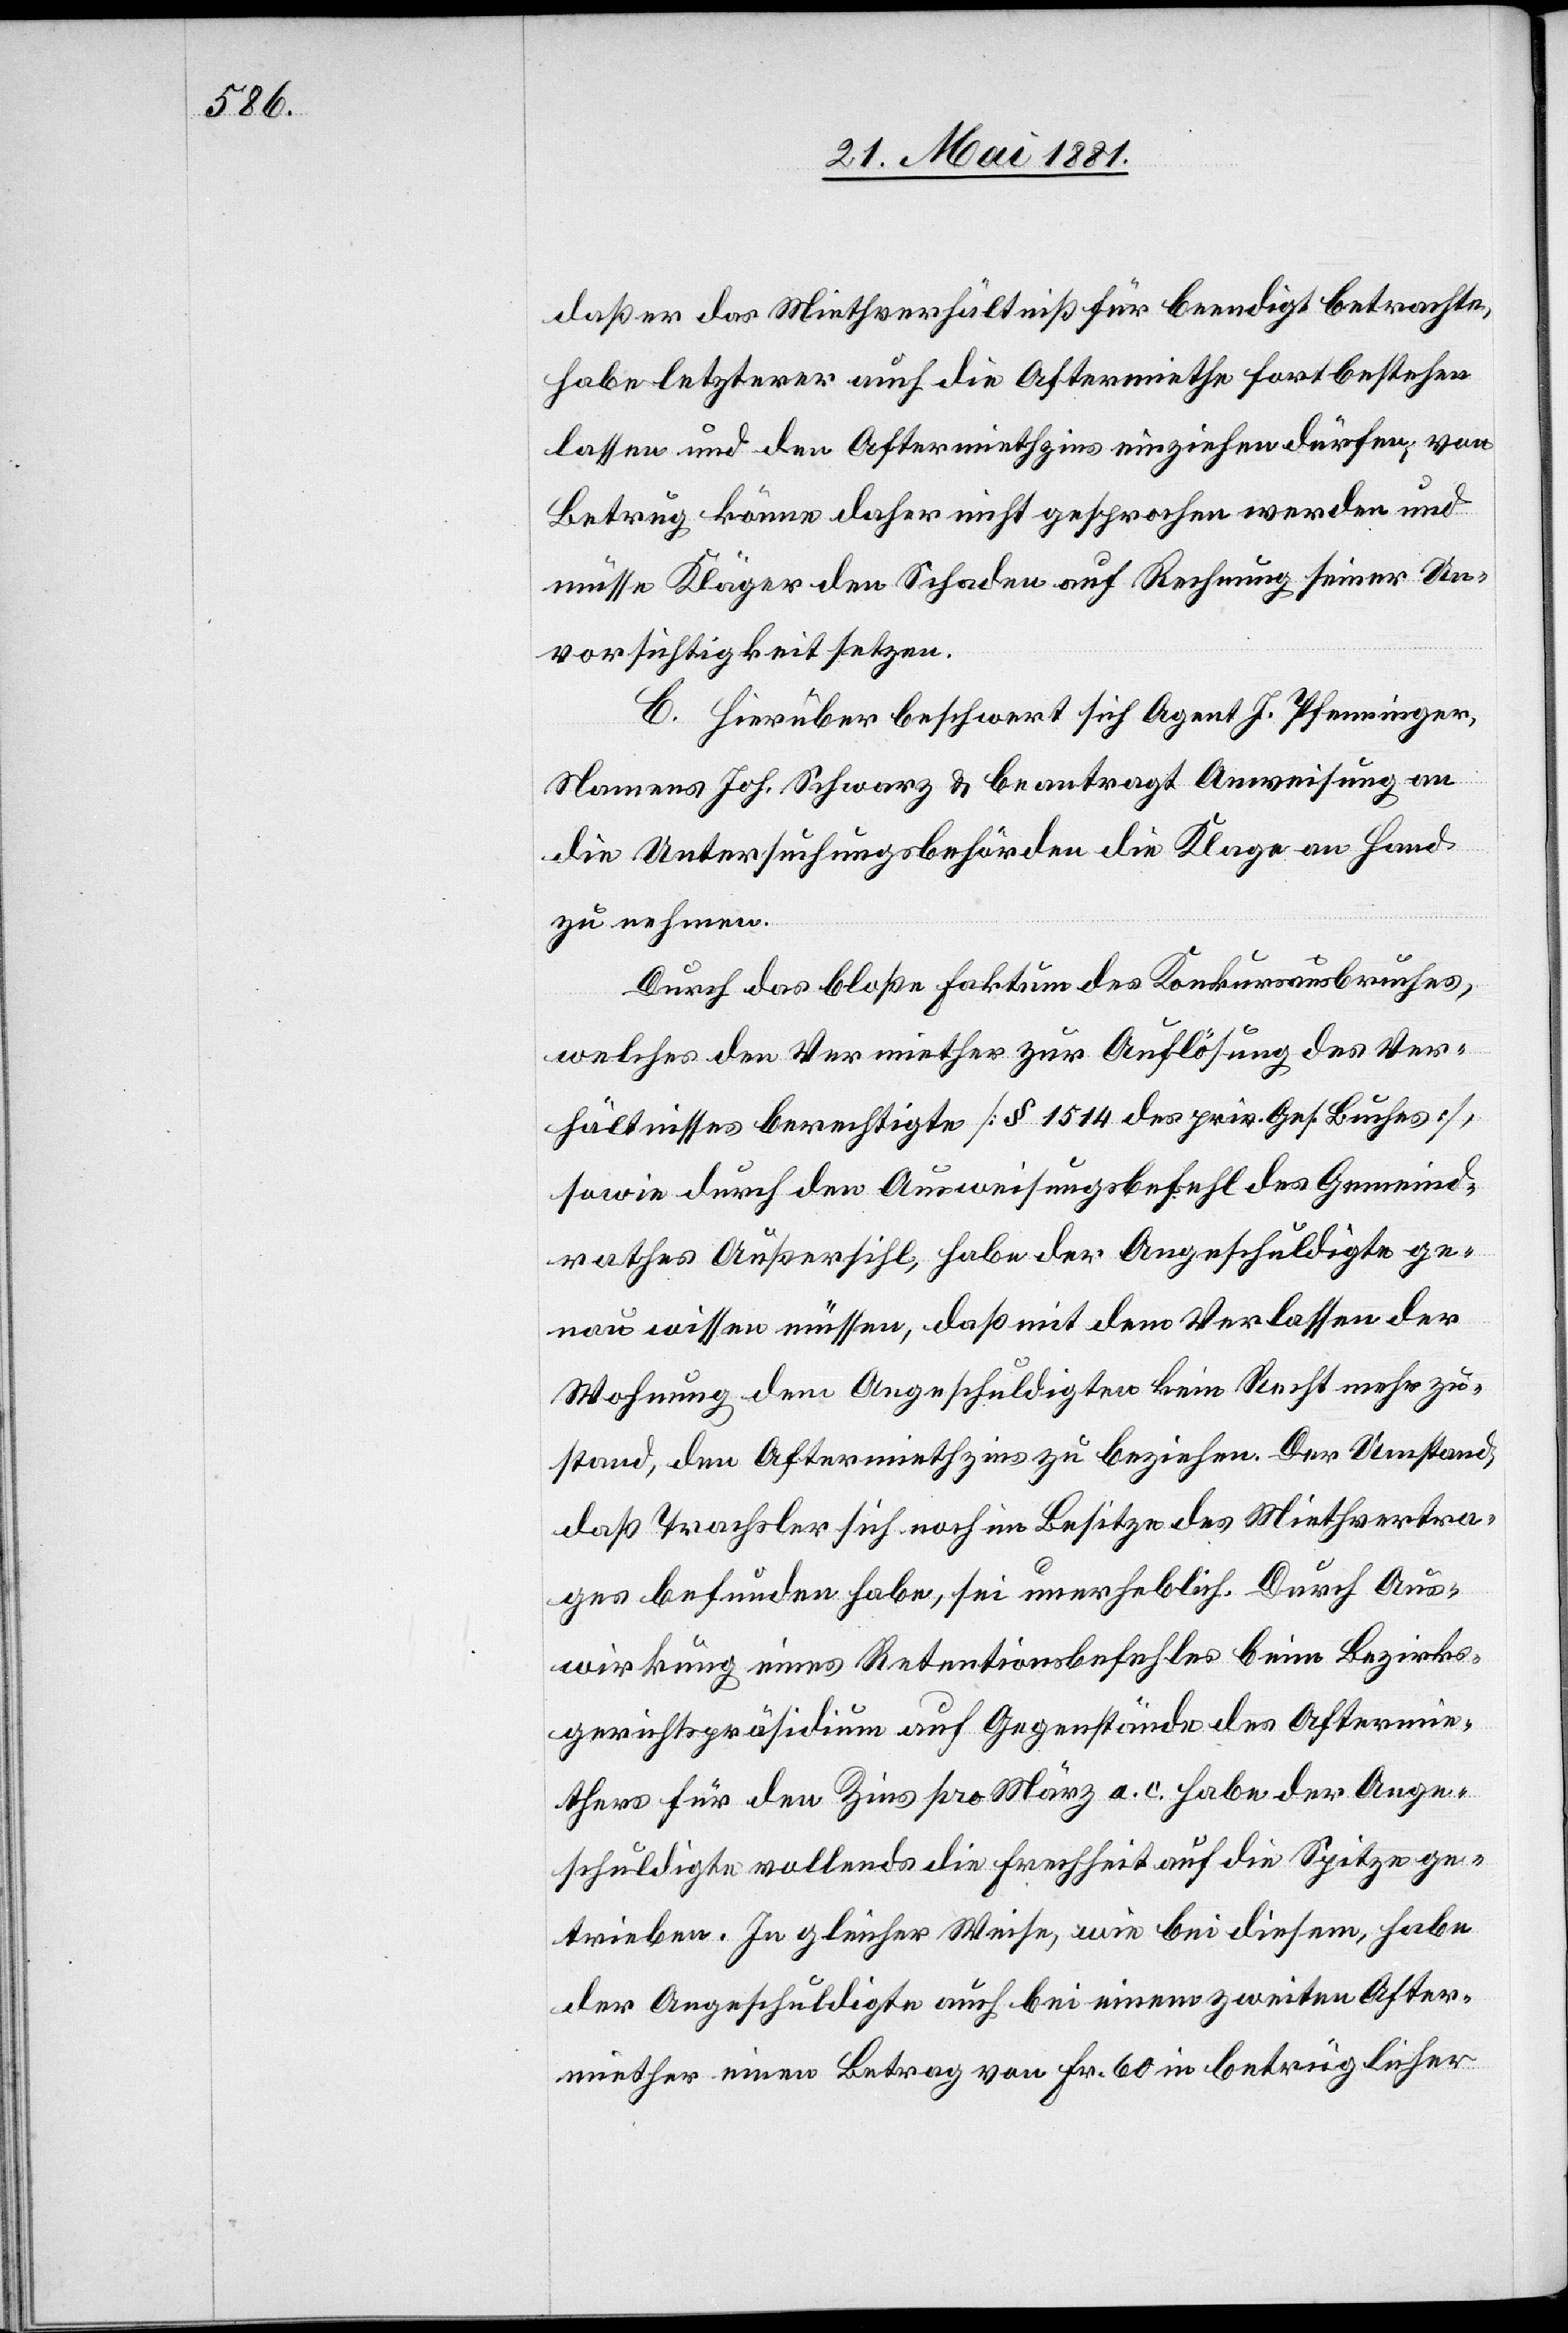
daß er das Miethverhältniß für beendigt betrachte,
habe letzterer auch die Aftermiethe fortbestehen
lassen und den Aftermiethzins einziehen dürfen, von
Betrug könne daher nicht gesprochen werden und
müsse Kläger den Schaden auf Rechnung seiner Un¬
vorsichtigkeit setzen.
C. Hierüber beschwert sich Agent J. Pfenninger,
Namens Joh. Schwarz & beantragt Anweisung an
die Untersuchungsbehörden die Klage an Hand
zu nehmen.
Durch das bloße Faktum des Konkursausbruches,
welches den Vermiether zur Auflösung des Ver¬
hältnisses berechtigte [§ 1514 des priv. Ges. Buches],
sowie durch den Ausweisungsbefehl des Gemeind¬
rathes Außersihl, habe der Angeschuldigte ge¬
nau wissen müssen, daß mit dem Verlassen der
Wohnung dem Angeschuldigten kein Recht mehr zu¬
stand, den Aftermiethzins zu beziehen. Der Umstand,
daß Trachsler sich noch im Besitze des Miethvertra¬
ges befunden habe, sei unerheblich. Durch Aus¬
wirkung eines Retentionsbefehles beim Bezirks¬
gerichtspräsidium auf Gegenstände des Aftermie¬
thers für den Zins pro März a. c. habe der Ange¬
schuldigte vollends die Frechheit auf die Spitze ge¬
trieben. In gleicher Weise, wie bei diesem, habe
der Angeschuldigte auch bei einem zweiten After¬
miether einen Betrag von Fr. 60 in betrüglicher